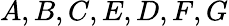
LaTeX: A,B,C,E,D,F,G